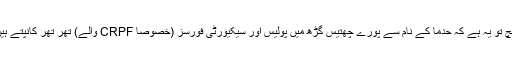
سچ تو یہ ہے کہ حدما کے نام سے پورے چھتیس گڑھ میں پولیس اور سیکیورٹی فورسز (خصوصاً CRPF والے) تھر تھر کانپتے ہیں۔